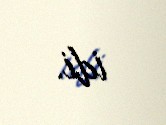
idi.